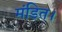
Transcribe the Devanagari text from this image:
मंडित।